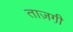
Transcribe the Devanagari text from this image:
ताज़गी़